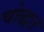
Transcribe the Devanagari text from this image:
चोद्धत